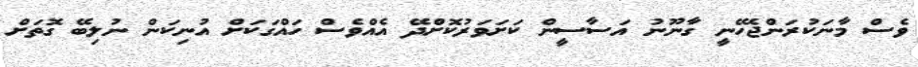
ވެސް މާނަކުރަންޖެހޭނީ ގާނޫނު އަސާސީން ކަށަވަރުކޮށްދޭ އެއްވެސް ހައްގަކަށް އުނިކަން ނުލިބޭ ގޮތަށް